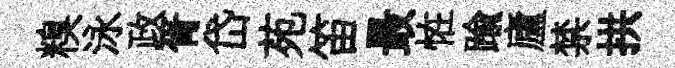
糗泳政胥岱苑笛最恠踰廬禁拱